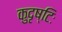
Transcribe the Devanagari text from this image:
कुदृष्टिः